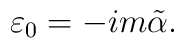
\varepsilon_0 = -i m \tilde{\alpha}.